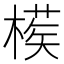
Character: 𣙘